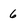
Character: 6